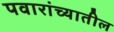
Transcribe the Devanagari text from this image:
पवारांच्यातील